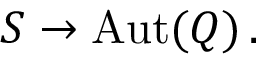
{ \cal S } \to \mathrm { A u t } ( Q ) \, .